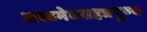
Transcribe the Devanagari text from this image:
अश्वमेघसहत्रपुण्य